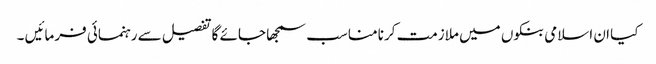
کیا ان اسلامی بنکوں میں ملازمت کرنا مناسب سمجھا جائے گا تفصیل سے رہنمائی فرمائیں ۔